Lunatic asylums in Bengal annual reports 1912-1924 - 1912-1924
Year: 1912
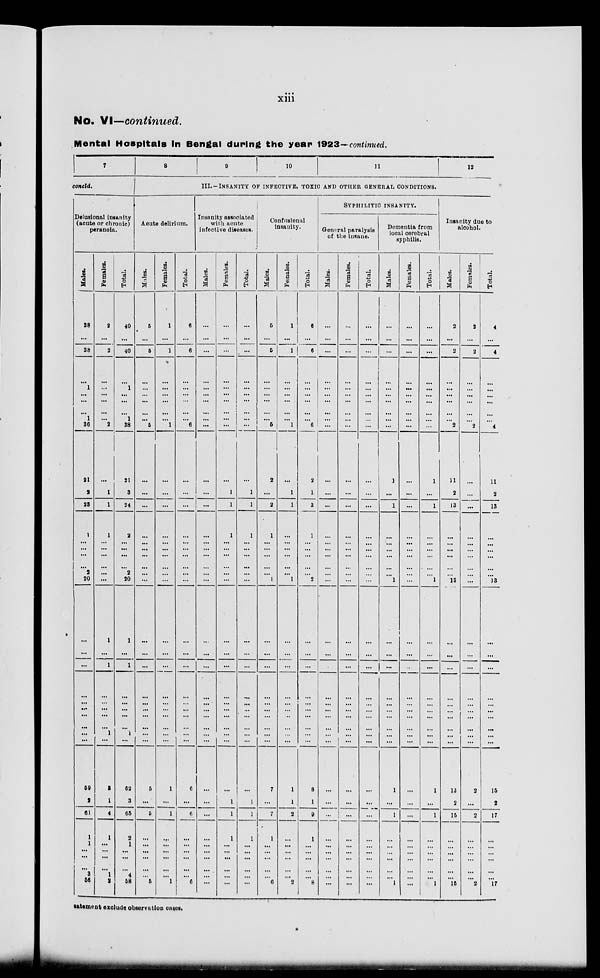
xiii
No. VI—continued.
Mental Hospitals in Bengal during the year 1923—continued.
7
concld.
Delusional insanity
(acute or chronic)
paranoia.
Males.
38
...
38
...
1
...
...
1
36
21
2
23
1
...
...
...
...
2
20
...
...
...
...
... ...
...
...
...
...
59
1
61
1
1
...
...
3 ...
58
Females.
2
...
2
...
...
...
...
...
...
2
...
1
1
1
...
...
...
...
...
...
1
...
1
...
... ...
...
...
1
...
3
1
4
1
...
...
...
1
...
2
Total.
40
...
40
...
1
...
...
...
1
38
21
3
24
2
...
...
...
...
2
20
1
...
1
...
... ...
...
...
1
...
62
3
65
2
1
...
4 ...
58
8
9
10
11
12
III.—INSANITY OF INFECTIVE, TOXIC AND OTHER GENERAL CONDITION.
Acute delirium.
Males.
5
...
5
...
...
...
...
...
...
5
...
...
...
...
...
...
...
...
...
...
...
...
...
...
... ...
...
...
...
...
5
...
5
...
...
...
...
...
...
5
Females.
1
...
1
...
...
...
...
...
...
1
...
...
...
...
...
...
...
...
...
...
...
...
...
...
... ...
...
...
...
...
1
...
1
...
...
...
...
...
...
1
Total.
6
...
6
...
...
...
...
...
...
6
...
...
...
...
...
...
...
...
...
...
...
...
...
...
... ...
...
...
...
...
6
...
6
...
...
...
...
...
...
6
Insanity associated
with acute
infective diseases.
Males.
...
...
...
...
...
...
...
...
...
...
...
...
...
...
...
...
...
...
...
...
...
...
...
...
... ...
...
...
...
...
...
...
...
...
...
...
...
...
...
...
Females.
...
...
...
...
...
...
...
...
...
...
...
1
1
1
...
...
...
...
...
...
...
...
...
...
... ...
...
...
...
...
...
1
1
1
...
...
...
...
...
...
Total.
...
...
...
...
...
...
...
...
...
...
...
1
1
1
...
...
...
...
...
...
...
...
...
...
... ...
...
...
...
...
...
1
1
1
...
...
...
...
...
...
Confusional
insanity.
Males.
6
...
5
...
...
...
...
...
...
5
2
...
2
1
...
...
...
...
...
1
...
...
...
...
... ...
...
...
...
...
7
...
7
1
...
...
...
...
...
6
Females.
1
...
1
...
...
...
...
...
...
1
...
1
1
...
...
...
...
...
...
1
...
...
...
...
... ...
..
...
...
...
1
1
2
...
...
...
...
...
...
2
Total.
6
...
6
...
...
...
...
...
...
6
2
1
3
1
...
...
...
...
...
2
...
...
...
...
... ...
...
...
...
...
8
1
9
1
...
...
...
...
...
8
SYPHILITIC
INSANITY.
General paralysis
of the insane.
Males.
...
...
...
...
...
...
...
...
...
...
...
...
...
...
...
...
...
...
...
...
...
...
...
...
... ...
...
...
...
...
...
...
...
...
...
...
...
...
...
...
Females.
...
...
...
...
...
...
...
...
...
...
...
...
...
...
...
...
...
...
...
...
...
...
...
...
... ...
...
...
...
...
...
...
...
...
...
...
...
...
...
...
Total.
...
...
...
...
...
...
...
...
...
...
...
...
...
...
...
...
...
...
...
...
...
...
...
...
... ...
...
...
...
...
...
...
...
...
...
...
...
...
...
...
Dementia from
local cerebral
syphilis.
Males.
...
...
...
...
...
...
...
...
...
...
1
...
1
...
...
...
...
...
...
1
...
...
...
...
... ...
...
...
...
...
1
...
1
...
...
...
...
...
...
1
Females.
...
...
...
...
...
...
...
...
...
...
...
...
...
...
...
...
...
...
...
...
...
...
...
...
... ...
...
...
...
...
...
...
...
...
...
...
...
...
...
...
Total.
...
...
...
...
...
...
...
...
...
...
1
...
1
...
...
...
...
...
...
1
...
...
...
...
... ...
...
...
...
...
1
...
1
...
...
...
...
...
...
1
Insanity due to
alcohol.
Males.
2
...
2
...
...
...
...
...
...
2
11
2
13
...
...
...
...
...
...
13
...
...
...
...
... ...
...
...
...
...
13
2
15
...
...
...
...
...
...
15
Females.
2
...
2
...
...
...
...
...
...
2
...
...
...
...
...
...
...
...
...
...
...
...
...
...
... ...
...
...
...
...
2
...
2
...
...
...
...
...
...
2
Total.
4
...
4
...
...
...
...
...
...
4
11
2
13
...
...
...
...
...
...
13
...
...
...
...
... ...
...
...
...
...
15
2
17
...
...
...
...
...
...
17
statement exclude, observation cases.